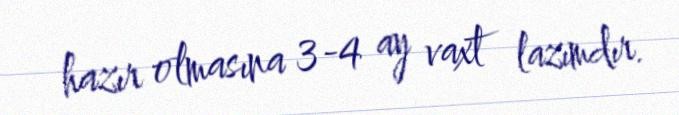
hazır olmasına 3-4 ay vaxt lazımdır.